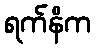
ရက်နိက